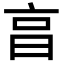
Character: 亯